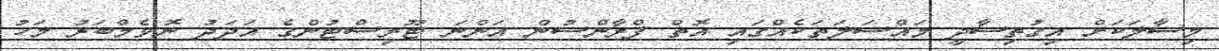
މިސާލަކަށް އިގުތިސާދީ މައްސަލަތަކެއްގައި އޮތް ފްރާންސުން އަންނަ ޓޫރިސްޓުންގެ އަދަދު ނޮވެމްބަރު މަހު